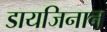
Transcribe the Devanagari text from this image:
डायजिनान